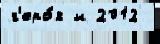
г'еро́я и 2012